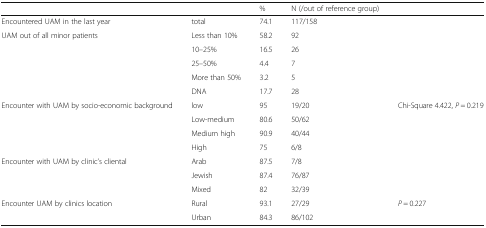
<table><thead><tr><td></td><td></td><td><b>%</b></td><td><b>N (/out of reference group)</b></td><td></td></tr></thead><tbody><tr><td>Encountered UAM in the last year</td><td>total</td><td>74.1</td><td>117/158</td><td></td></tr><tr><td rowspan="5">UAM out of all minor patients</td><td>Less than 10%</td><td>58.2</td><td>92</td><td rowspan="5"></td></tr><tr><td>10–25%</td><td>16.5</td><td>26</td></tr><tr><td>25–50%</td><td>4.4</td><td>7</td></tr><tr><td>More than 50%</td><td>3.2</td><td>5</td></tr><tr><td>DNA</td><td>17.7</td><td>28</td></tr><tr><td rowspan="4">Encounter with UAM by socio-economic background</td><td>low</td><td>95</td><td>19/20</td><td rowspan="4">Chi-Square 4.422, <i>P</i> = 0.219</td></tr><tr><td>Low-medium</td><td>80.6</td><td>50/62</td></tr><tr><td>Medium high</td><td>90.9</td><td>40/44</td></tr><tr><td>High</td><td>75</td><td>6/8</td></tr><tr><td rowspan="3">Encounter with UAM by clinic’s cliental</td><td>Arab</td><td>87.5</td><td>7/8</td><td rowspan="3"></td></tr><tr><td>Jewish</td><td>87.4</td><td>76/87</td></tr><tr><td>Mixed</td><td>82</td><td>32/39</td></tr><tr><td rowspan="2">Encounter UAM by clinics location</td><td>Rural</td><td>93.1</td><td>27/29</td><td rowspan="2"><i>P</i> = 0.227</td></tr><tr><td>Urban</td><td>84.3</td><td>86/102</td></tr></tbody></table>